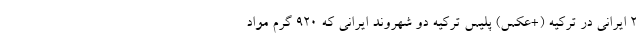
2 ایرانی در ترکیه (+عکس) پلیس ترکیه دو شهروند ایرانی که 920 گرم مواد